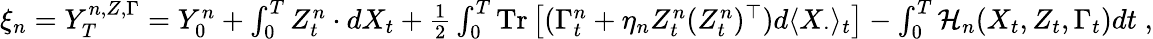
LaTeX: \begin{array}{r}{\xi_{n}=Y_{T}^{n,Z,\Gamma}=Y_{0}^{n}+\int_{0}^{T}Z_{t}^{n}\cdot dX_{t}+\frac 12\int_{0}^{T}\mathrm{Tr}\left[(\Gamma_{t}^{n}+\eta_{n}Z_{t}^{n}(Z_{t}^{n})^{\top})d\langle X_{\cdot}\rangle_{t}\right]-\int_{0}^{T}\mathcal{H}_{n}(X_{t},Z_{t},\Gamma_{t})dt\; ,}\end{array}